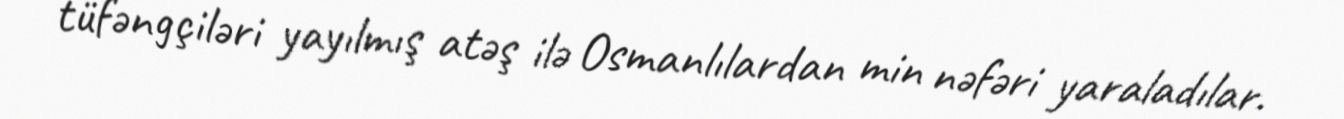
tüfəngçiləri yayılmış atəş ilə Osmanlılardan min nəfəri yaraladılar.